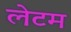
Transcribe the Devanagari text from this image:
लेटम